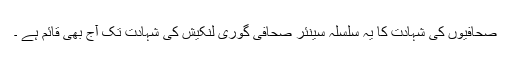
صحافیوں کی شہادت کا یہ سلسلہ سینئر صحافی گوری لنکیش کی شہادت تک آج بھی قائم ہے ۔